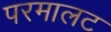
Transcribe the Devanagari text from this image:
परमालट